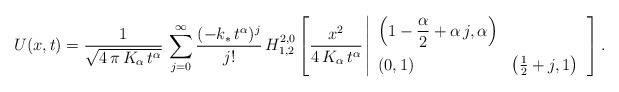
LaTeX: \begin{align*}U(x,t) = \frac{1}{\sqrt{4\,\pi\,K_{\alpha}\,t^{\alpha}}}\,\sum\limits_{j=0}^{\infty}\frac{(-k_\ast\,t^{\alpha})^j}{j!}\,H^{2,0}_{1,2}\left[ \frac{x^2}{4\,K_{\alpha}\,t^{\alpha}}\left|\begin{array}{ll}\displaystyle \left( 1-\frac{\alpha}{2} + \alpha\,j,\alpha\right) & \\[10pt](0,1) & \left( \frac{1}{2} + j,1\right) \end{array}\right.\right].\end{align*}